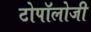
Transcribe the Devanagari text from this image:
टोपॉलोजी